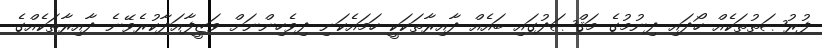
ފުރުޞަތުތަކެއް ހޯދައި ދިނުމުގެ މަޤްޞަދުގައި ބައެއް ދާއިރާތަކަކީ ހަމައެކަނި ދިވެހިންނަށް ވަޒީފާއަދާކުރެވޭނެ ދާއިރާތަކެއްގެ